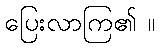
ပြေးလာကြ၏ ။